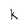
Character: k